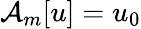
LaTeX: \mathcal{A}_{m}[u]=u_{0}